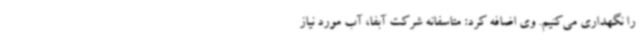
را نگهداری می‌کنیم. وی اضافه کرد: متاسفانه شرکت آبفا، آب مورد نیاز